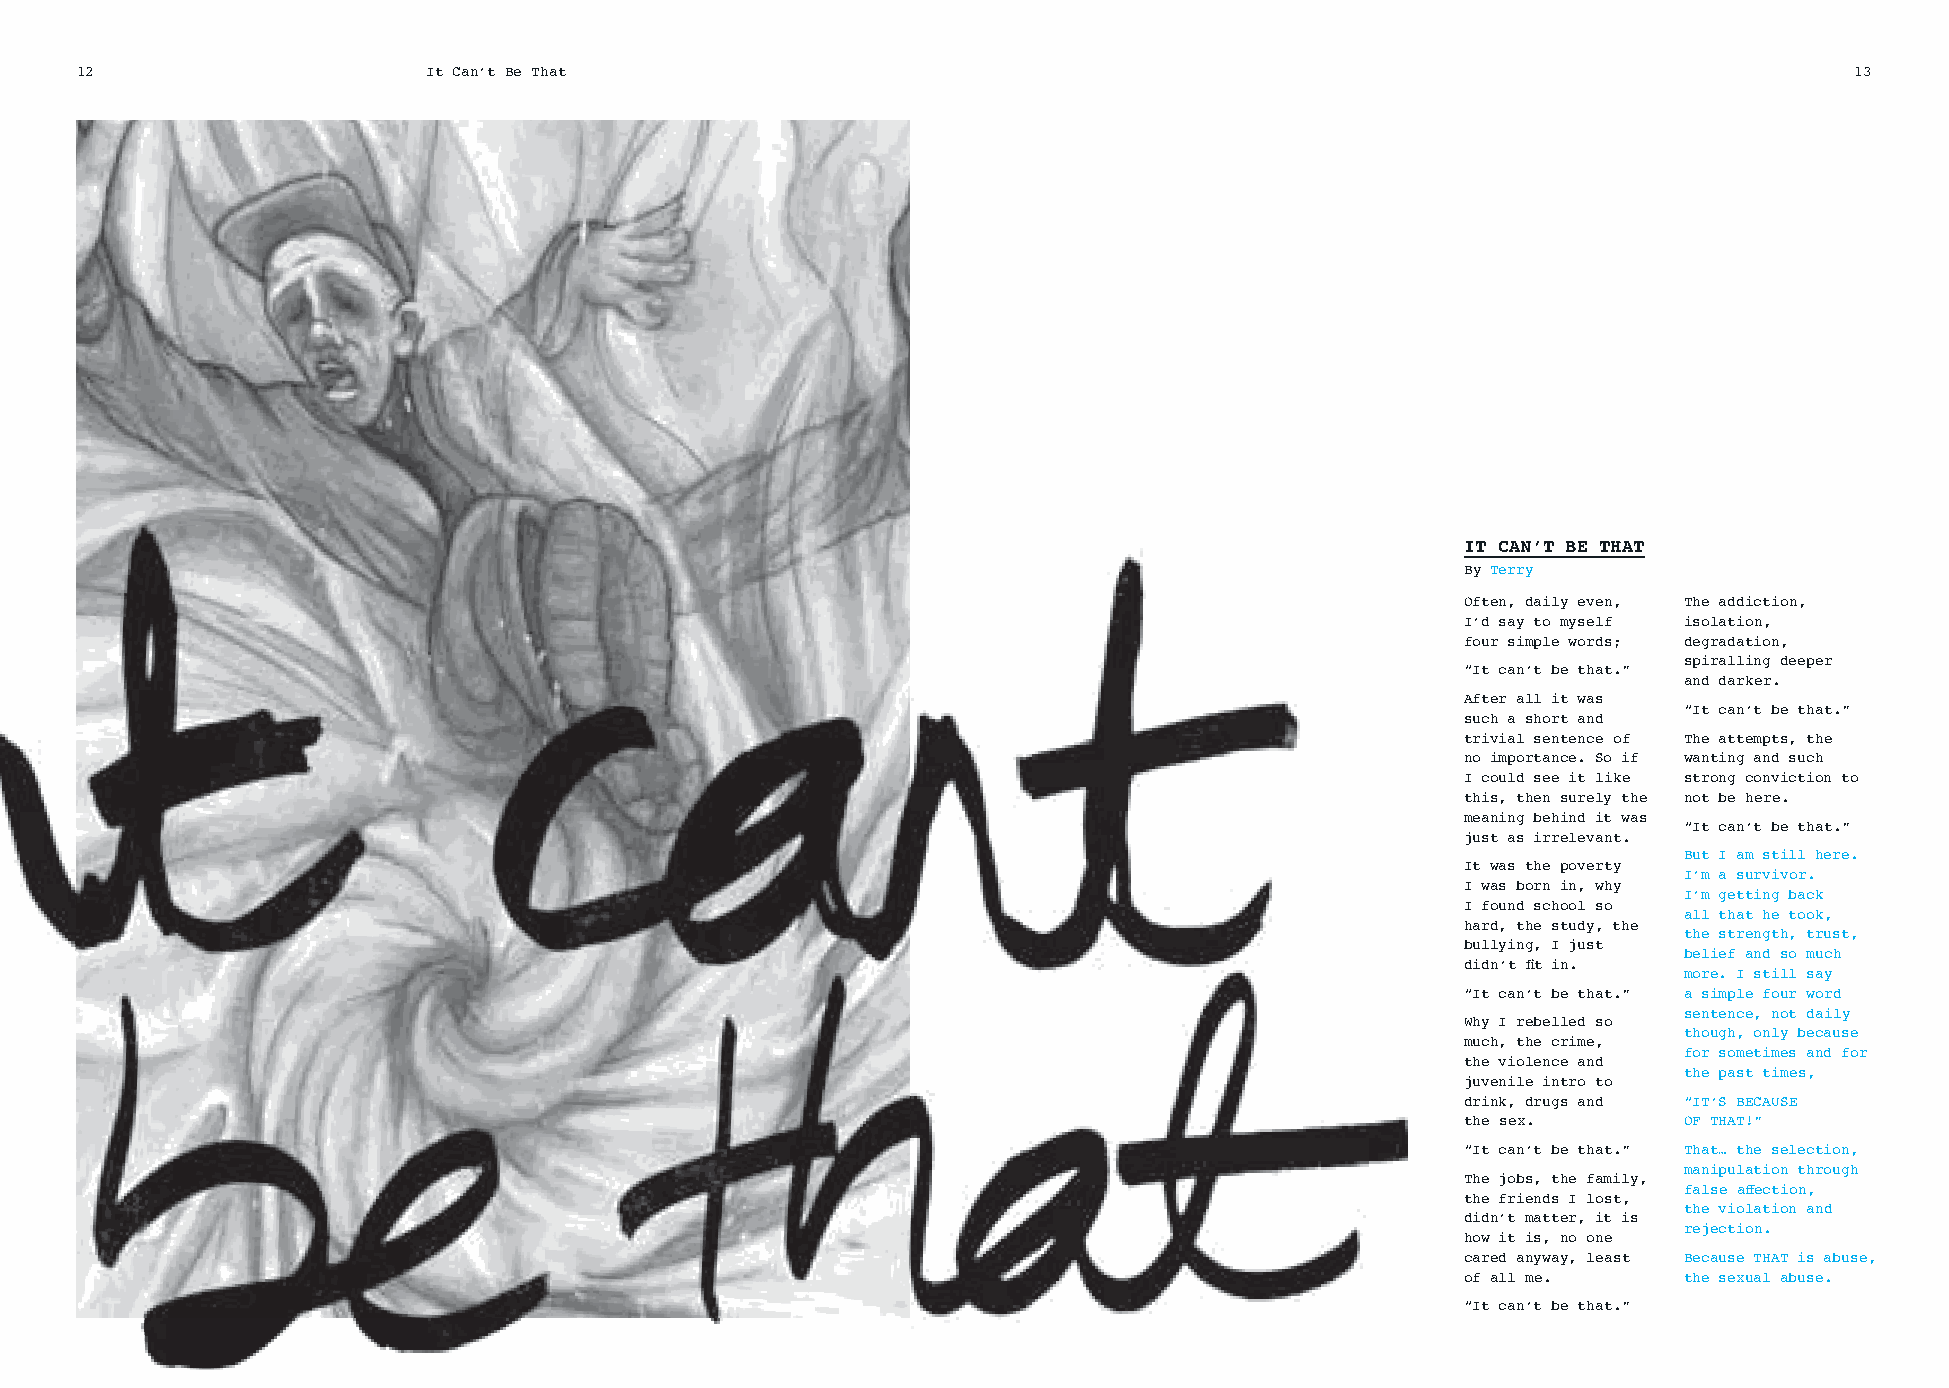
12                     It Can’t Be That                                                                               13
 IT CAN’T BE THAT
 By Terry
 Often, daily even, The addiction,
 I’d say to myself isolation,
 four simple words; degradation,
 spiralling deeper
 “It can’t be that.”
 and darker.
 After all it was
 “It can’t be that.”
 such a short and
 trivial sentence of The attempts, the
 no importance. So if wanting and such
 I could see it like strong conviction to
 this, then surely the not be here.
 meaning behind it was
 “It can’t be that.”
 just as irrelevant.
 But I am still here.
 It was the poverty
 I’m a survivor.
 I was born in, why
 I’m getting back
 I found school so
 all that he took,
 hard, the study, the
 the strength, trust,
 bullying, I just
 belief and so much
 didn’t fi t in.
 more. I still say
 “It can’t be that.” a simple four word
 sentence, not daily
 Why I rebelled so
 though, only because
 much, the crime,
 for sometimes and for
 the violence and
 the past times,
 juvenile intro to
 drink, drugs and “IT’S BECAUSE
 the sex.       OF THAT!”
 “It can’t be that.” That… the selection,
 manipulation through
 The jobs, the family,
 false aff ection,
 the friends I lost,
 the violation and
 didn’t matter, it is
 rejection.
 how it is, no one
 cared anyway, least Because THAT is abuse,
 of all me.     the sexual abuse.
 “It can’t be that.”